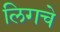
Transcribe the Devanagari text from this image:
लिगचे